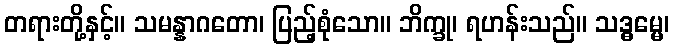
တရားတို့နှင့်။ သမန္နာဂတော၊ ပြည့်စုံသော။ ဘိက္ခု၊ ရဟန်းသည်။ သဒ္ဓမ္မေ၊